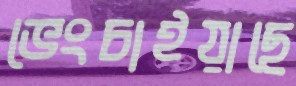
ভেংচাইয়াছে